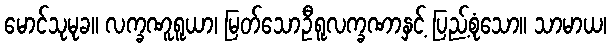
မောင်သုမုခ။ လက္ခဏူရူယာ၊ မြတ်သောဦရူလက္ခဏာနှင့် ပြည့်စုံသော။ သာမာယ၊